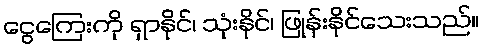
ငွေကြေးကို ရှာနိုင်၊ သုံးနိုင်၊ ဖြုန်းနိုင်သေးသည်။